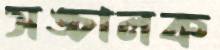
সঙ্চালক